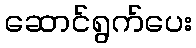
ဆောင်ရွက်ပေး